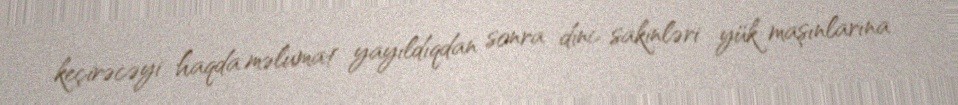
keçirəcəyi haqda məlumat yayıldıqdan sonra dinc sakinləri yük maşınlarına